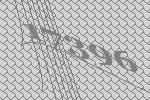
17396